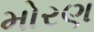
મોરણ